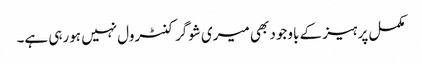
مکمل پرہیز کے باوجود بھی میری شوگر کنٹرول نہیں ہورہی ہے۔